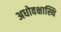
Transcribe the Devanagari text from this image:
अधोवक्षास्थि